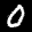
Label: 0